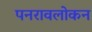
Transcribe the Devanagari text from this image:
पनरावलोकन